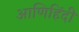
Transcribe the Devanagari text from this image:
आणिहिंदी